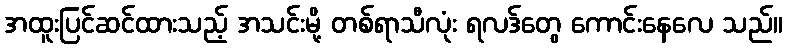
အထူးပြင်ဆင်ထားသည့် အသင်းမို့ တစ်ရာသီလုံး ရလဒ်တွေ ကောင်းနေလေ သည်။